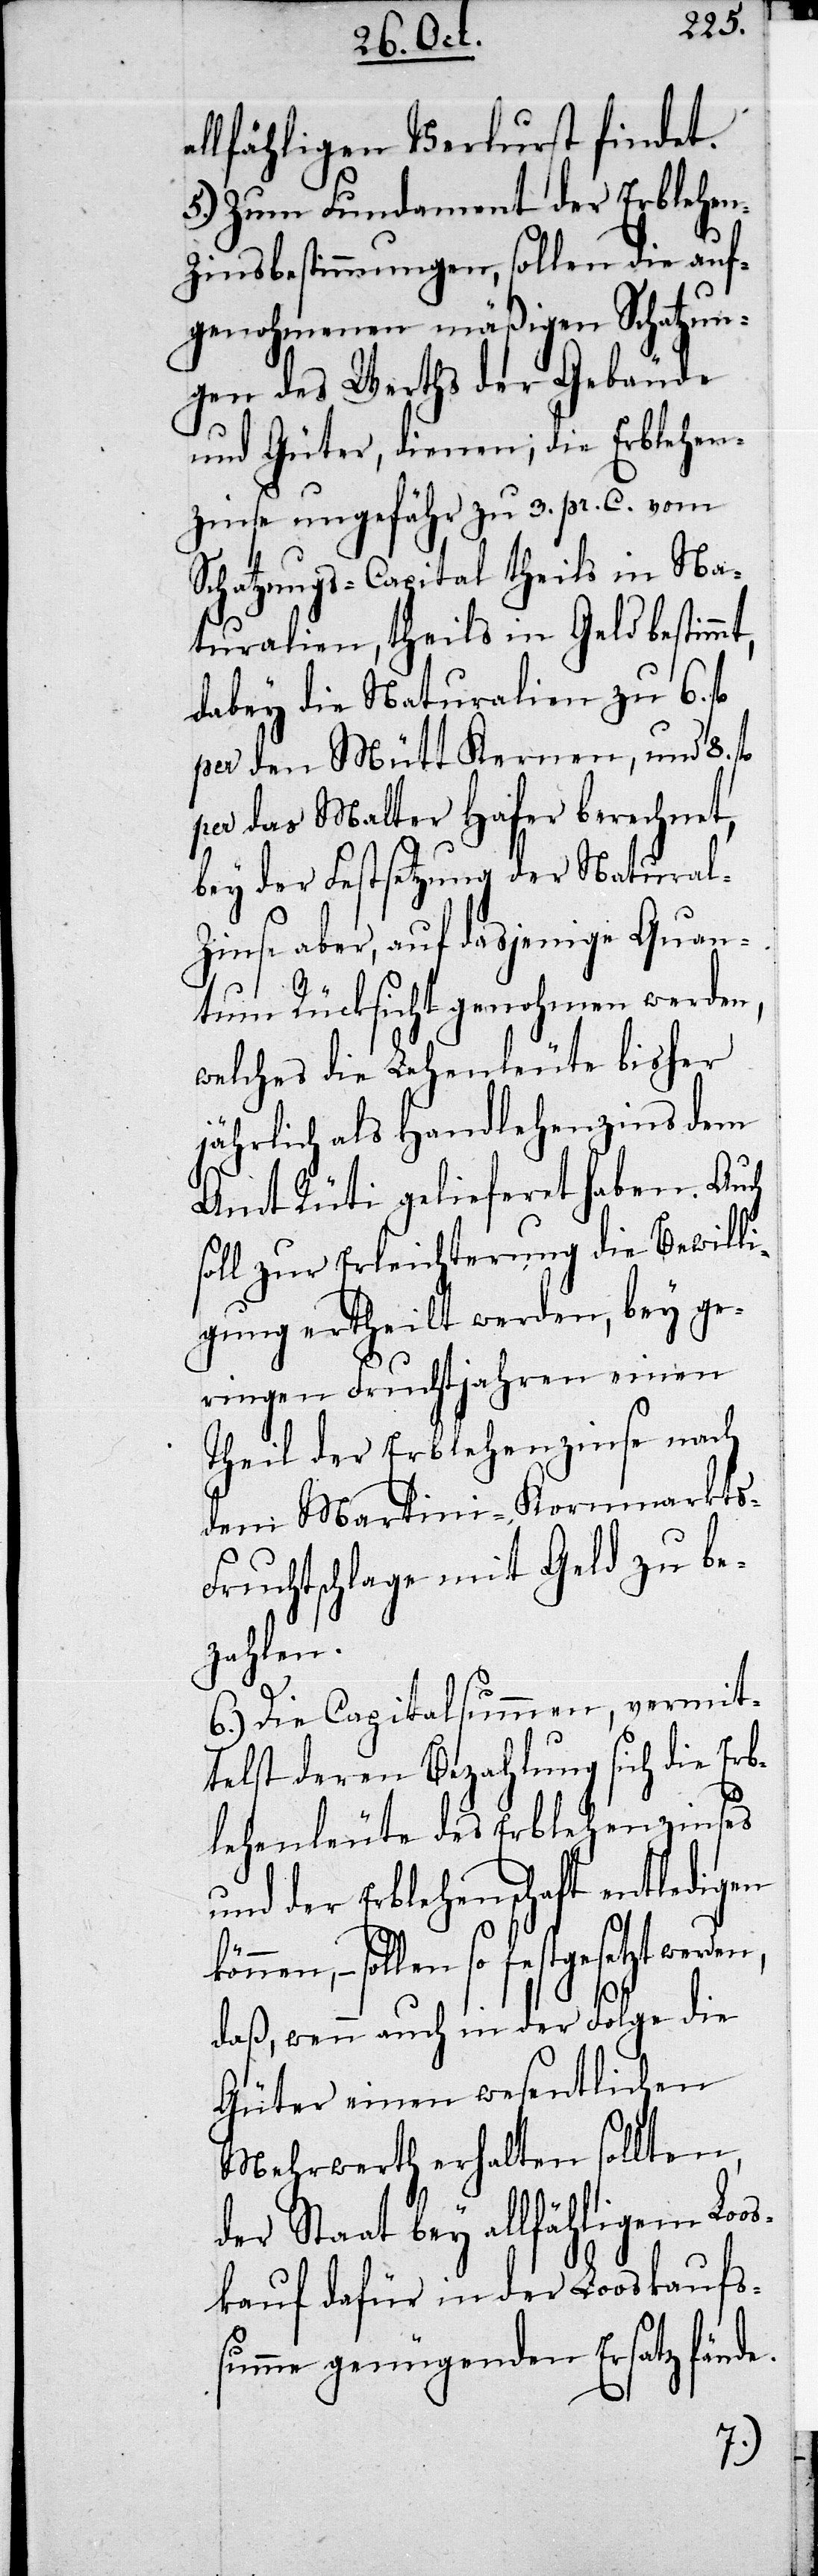
allfähligen Verlust findet.
5.) Zum Fundament der Erblehe¬
n-Zinsbestimmungen, sollen die auf¬
genohmenen mäßigen Schatzun¬
gen des Werths der Gebäude
und Güter, dienen; die Erblehe¬
n-Zinse ungefähr zu 3. pr. C. vom
Schatzungs-Capital theils in Na¬
turalien, theils in Geld bestimmt,
dabey die Naturalien zu 6. fl
per den Mütt Kernen, und 8. fl
per das Malter Hafer berechnet,
bey der Festsetzung der Natural-Z¬
inse aber, auf dasjenige Quan¬
tum Rücksicht genohmen werden,
welches die Lehenleute bisher
jährlich als Handlehenzins dem
Amt Rüti gelieferet haben. Auch
soll zur Erleichterung die Bewill¬
igung ertheilt werden, bey ge¬
ringen Fruchtjahren einen
Theil der Erblehenzinse nach
dem Martini-Kornmarkts-F¬
ruchtschlage mit Geld zu be¬
zahlen.
6.) Die Capitalsummen, vermit¬
telst deren Bezahlung sich die Erb¬
lehenleute des Erblehenzinses
und der Erblehenschaft entledigen
nen, – sollen so festgesetzt werden,
daß, wenn auch in der Folge die
Güter einen wesentlichen
Mehrwerth erhalten sollten,
der Staat bey allfähligem Lo¬
kauf dafür in der Looskaufs¬
summe genügenden Ersatz fände.
os¬